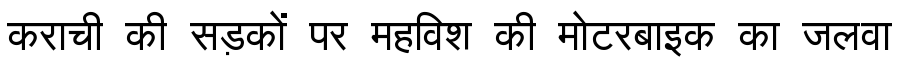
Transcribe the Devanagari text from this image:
कराची की सड़कों पर महविश की मोटरबाइक का जलवा